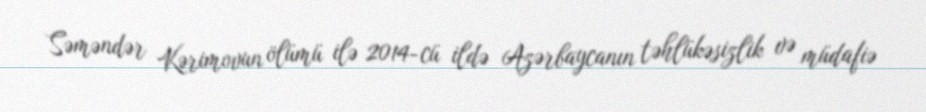
Səməndər Kərimovun ölümü ilə 2014-cü ildə Azərbaycanın təhlükəsizlik və müdafiə